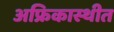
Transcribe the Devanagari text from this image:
अफ्रिकास्थीत